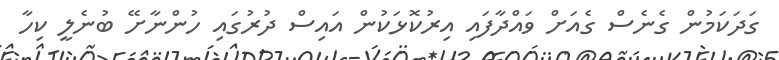
ގަދަކަމުން ގެނެސް ގެއަށް ވައްދާފައި އިރުކޮޅަކުން އައިސް ދުރުގައި ހުންނާށޭ ބުނެލީ ކިހާ